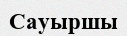
Сауыршы